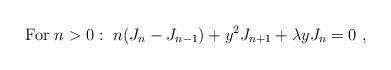
LaTeX: \begin{align*}{\rm For}~n>0:~n(J_n-J_{n-1})+y^2 J_{n+1} +\lambda y J_n=0~,\end{align*}